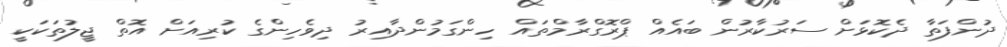
ދުންފަތާ ދެކޮޅަށް ސަރުކާރުން ބައެއް ޕްރޮގްރާމްތައް ހިންގަމުންދާއިރު ދިވެހިންގެ ކުރިއަށް އޮތް ޖީލުތަކަކީ